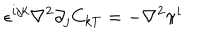
\epsilon ^ { i j k } \nabla ^ { 2 } \partial _ { j } C _ { k T } = - \nabla ^ { 2 } \pi ^ { i }